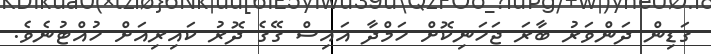
ގަޑިން ދަންވަރު ބާރަ ޖަހަނިކޮށް ހަމްދާ އައިސް ގޭގެ ދޮރު ކައިރިއަށް ހުއްޓުނެވެ.